Report on malaria in the Punjab during the year ...  together with an account of the work of the Punjab Malaria Bureau - Volume 1
Disease focus: Malaria
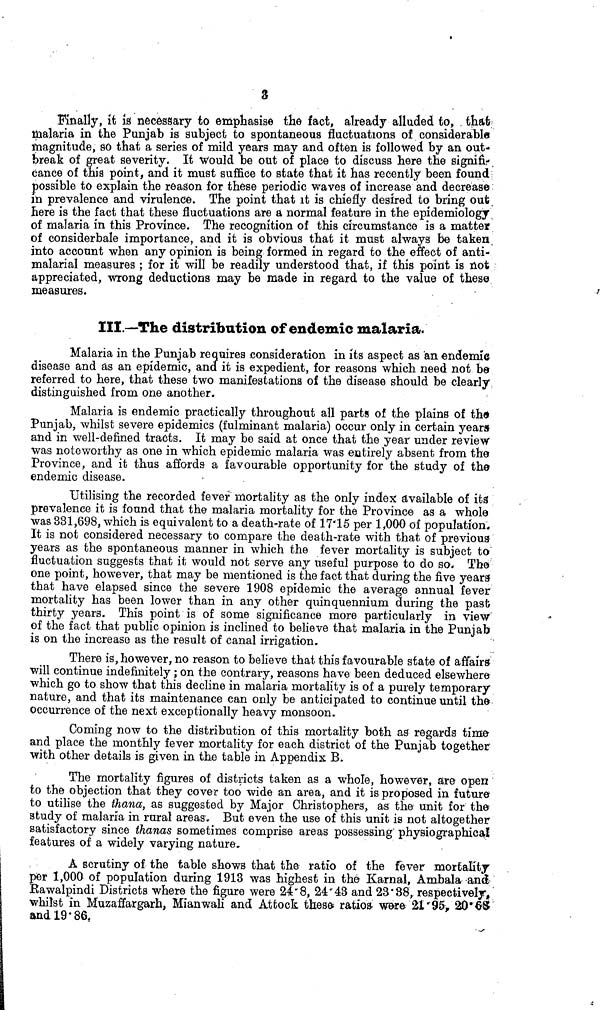
3
Finally, it is necessary to emphasise the fact, already alluded to, that
malaria in the Punjab is subject to spontaneous fluctuations of considerable
magnitude, so that a series of mild years may and often is followed by an out-
break of great severity. It would be out of place to discuss here the signifi-
cance of this point, and it must suffice to state that it has recently been found;
possible to explain the reason for these periodic waves of increase and decrease
in prevalence and virulence. The point that it is chiefly desired to bring out
here is the fact that these fluctuations are a normal feature in the epidemiology
of malaria in this Province. The recognition of this circumstance is a matter
of considerbale importance, and it is obvious that it must always be taken,
into account when any opinion is being formed in regard to the effect of anti-
malarial measures ; for it will be readily understood that, if this point is not
appreciated, wrong deductions may be made in regard to the value of these
measures.
III.—The distribution of endemic malaria.
Malaria in the Punjab requires consideration in its aspect as an endemic
disease and as an epidemic, and it is expedient, for reasons which need not be
referred to here, that these two manifestations of the disease should be clearly,
distinguished from one another.
Malaria is endemic practically throughout all parts of the plains of the
Punjab, whilst severe epidemics (fulminant malaria) occur only in certain years
and in well-defined tracts. It may be said at once that the year under review
was noteworthy as one in which epidemic malaria was entirely absent from the
Province, and it thus affords a favourable opportunity for the study of the
endemic disease.
Utilising the recorded fever mortality as the only index available of its
prevalence it is found that the malaria mortality for the Province as a whole
was 331,698, which is equivalent to a death-rate of 17.15 per 1,000 of population.
It is not considered necessary to compare the death-rate with that of previous
years as the spontaneous manner in which the fever mortality is subject to
fluctuation suggests that it would not serve any useful purpose to do so. The
one point, however, that may be mentioned is the fact that during the five years
that have elapsed since the severe 1908 epidemic the average annual fever
mortality has been lower than in any other quinquennium during the past
thirty years. This point is of some significance more particularly in view"
of the fact that public opinion is inclined to believe that malaria in the Punjab
is on the increase as the result of canal irrigation.
There is, however, no reason to believe that this favourable state of affairs
will continue indefinitely ; on the contrary, reasons have been deduced elsewhere
which go to show that this decline in malaria mortality is of a purely temporary
nature, and that its maintenance can only be anticipated to continue until the
occurrence of the next exceptionally heavy monsoon.
Coming now to the distribution of this mortality both as regards time
and place the monthly fever mortality for each district of the Punjab together
with other details is given in the table in Appendix B.
The mortality figures of districts taken as a whole, however, are open
to the objection that they cover too wide an area, and it is proposed in future
to utilise the thana, as suggested by Major Christophers, as the unit for the
study of malaria in rural areas. But even the use of this unit is not altogether
satisfactory since thanas sometimes comprise areas possessing physiographical
features of a widely varying nature.
A scrutiny of the table shows that the ratio of the fever mortality
per 1,000 of population during 1913 was highest in the Karnal, Ambala and
Rawalpindi Districts where the figure were 24.8, 24.43 and 23.38, respectively,
whilst in Muzaffargarh, Mianwali and Attock these ratios were 21.95, 20.68
and 19.86,